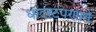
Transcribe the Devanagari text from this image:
धांदरटपणाने